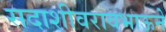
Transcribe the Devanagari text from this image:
सदाशीवरावभाऊने